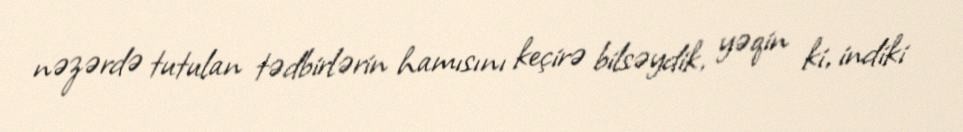
nəzərdə tutulan tədbirlərin hamısını keçirə bilsəydik, yəqin ki, indiki